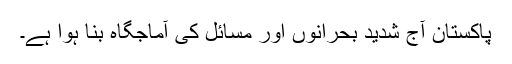
پاکستان آج شدید بحرانوں اور مسائل کی آماجگاہ بنا ہوا ہے۔